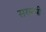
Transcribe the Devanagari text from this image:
सरक़षी